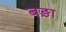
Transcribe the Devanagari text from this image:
बङ़ा